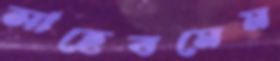
সাহেবমেম